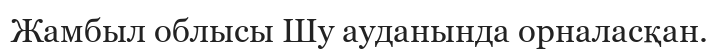
Жамбыл облысы Шу ауданында орналасқан.